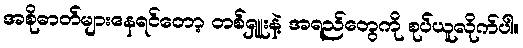
အစိုဓာတ်များနေရင်တော့ တစ်ရှူးနဲ့ အရည်တွေကို စုပ်ယူလိုက်ပါ။